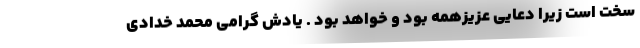
سخت است زیرا دعایی عزیزهمه بود و خواهد بود . یادش گرامی محمد خدادی